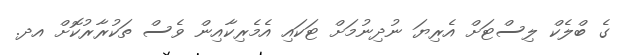
ގެ ބްލެކް ލިސްޓަށް އެރިޔަ ނުދިނުމަށް ޓަކައި އެމެރިކާއިން ވެސް ތަކުރާރުކޮށް އދ.